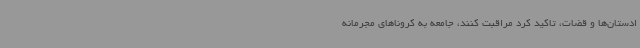
ادستان‌ها و قضات، تاکید کرد مراقبت کنند، جامعه به کروناهای مجرمانه